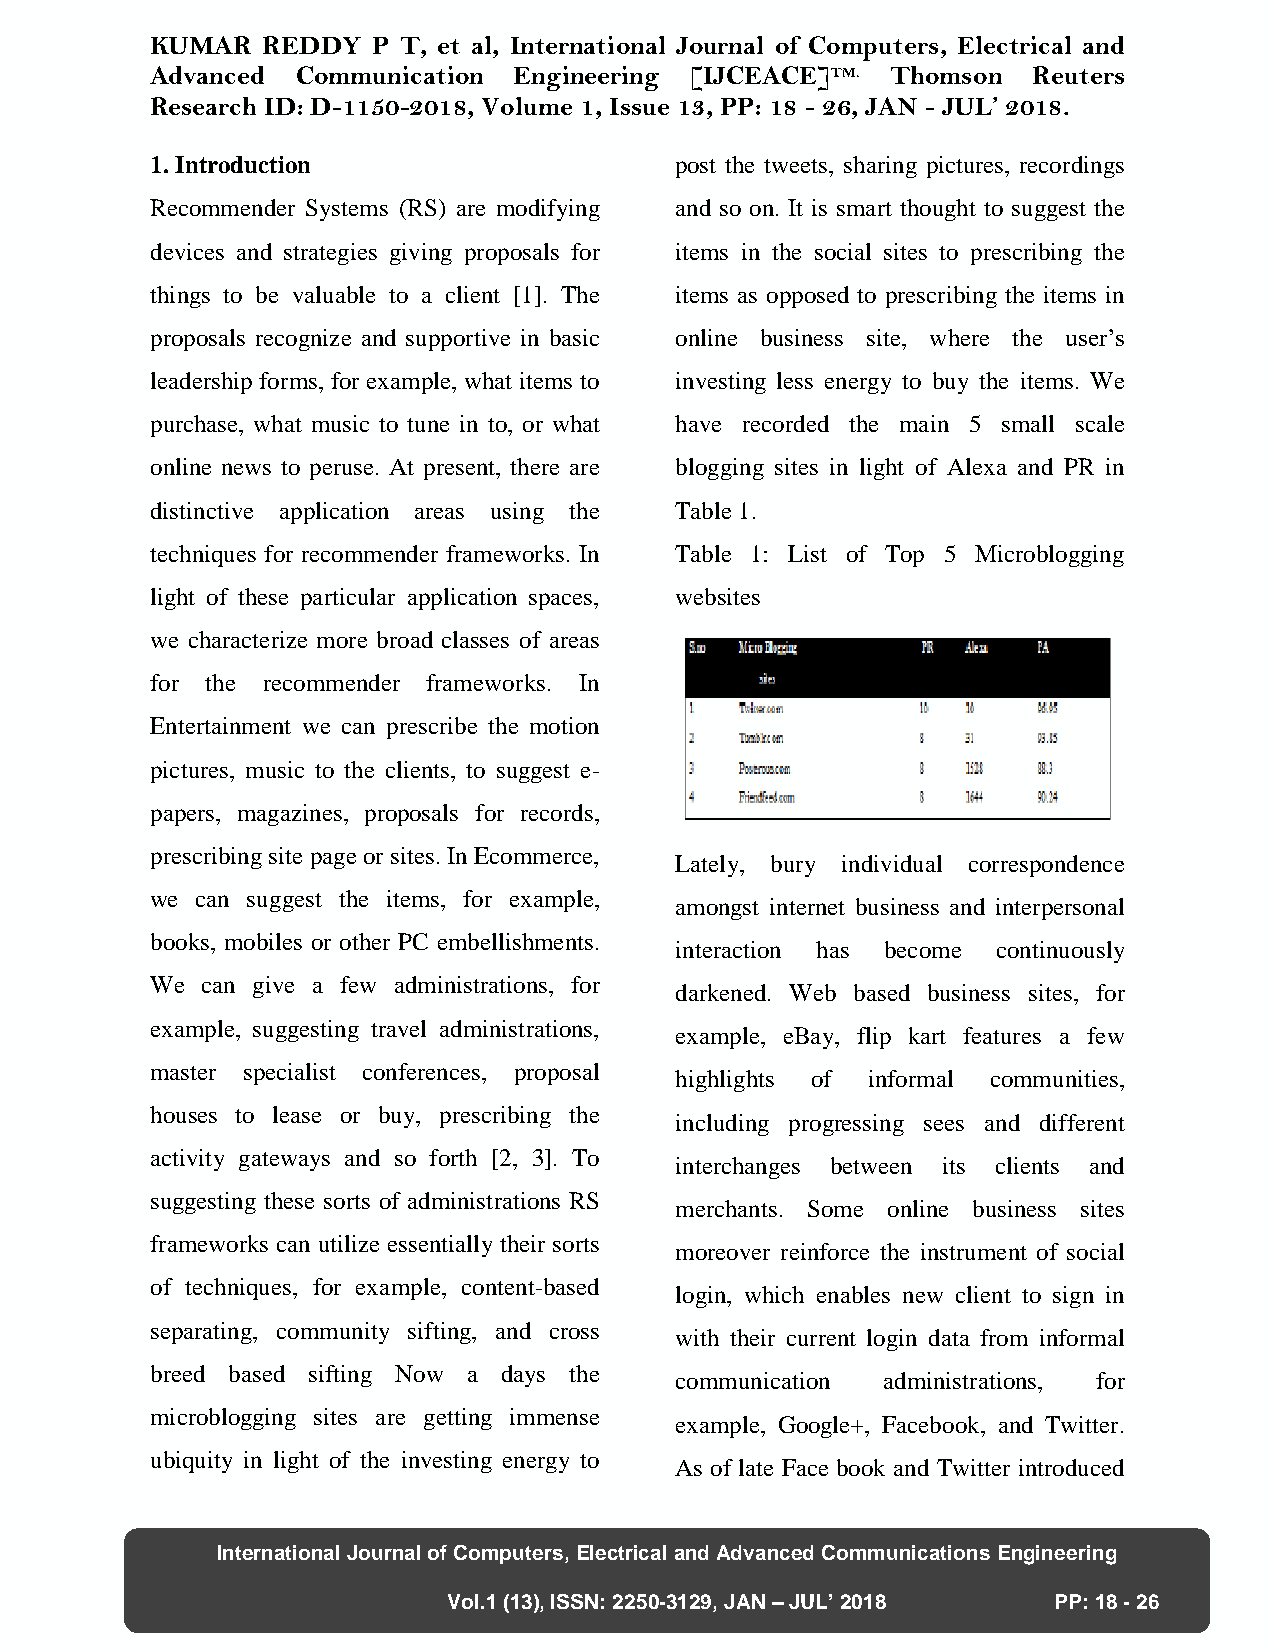
KUMAR  REDDY   P T, et al, International Journal of Computers, Electrical and
 Advanced  Communication Engineering [IJCEACE]TM. Thomson  Reuters
 Research ID: D-1150-2018, Volume 1, Issue 13, PP: 18 - 26, JAN - JUL’ 2018.
 1. Introduction                    post the tweets, sharing pictures, recordings
 Recommender Systems (RS) are modifying and so on. It is smart thought to suggest the
 devices and strategies giving proposals for items in the social sites to prescribing the
 things to be valuable to a client [1]. The items as opposed to prescribing the items in
 proposals recognize and supportive in basic online business site, where the user’s
 leadership forms, for example, what items to investing less energy to buy the items. We
 purchase, what music to tune in to, or what have recorded the main 5 small scale
 online news to peruse. At present, there are blogging sites in light of Alexa and PR in
 distinctive application areas using the Table 1.
 techniques for recommender frameworks. In Table 1: List of Top 5 Microblogging
 light of these particular application spaces, websites
 we characterize more broad classes of areas
 for the recommender frameworks. In
 Entertainment we can prescribe the motion
 pictures, music to the clients, to suggest e-
 papers, magazines, proposals for records,
 prescribing site page or sites. In Ecommerce,
 Lately, bury individual correspondence
 we can suggest the items, for example,
 amongst internet business and interpersonal
 books, mobiles or other PC embellishments.
 interaction has become continuously
 We can give a few administrations, for
 darkened. Web based business sites, for
 example, suggesting travel administrations,
 example, eBay, flip kart features a few
 master specialist conferences, proposal
 highlights of informal communities,
 houses to lease or buy, prescribing the
 including progressing sees and different
 activity gateways and so forth [2, 3]. To
 interchanges between its clients and
 suggesting these sorts of administrations RS
 merchants. Some online business sites
 frameworks can utilize essentially their sorts
 moreover reinforce the instrument of social
 of techniques, for example, content-based
 login, which enables new client to sign in
 separating, community sifting, and cross
 with their current login data from informal
 breed based sifting Now a days the
 communication administrations, for
 microblogging sites are getting immense
 example, Google+, Facebook, and Twitter.
 ubiquity in light of the investing energy to
 As of late Face book and Twitter introduced
 International Journal of Computers, Electrical and Advanced Communications Engineering
 Vol.1 (13), ISSN: 2250-3129, JAN – JUL’ 2018 PP: 18 - 26
 28